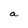
Character: a